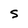
Character: 5